Indian journal of veterinary science and animal husbandry - Volume 6,
Year: 1936
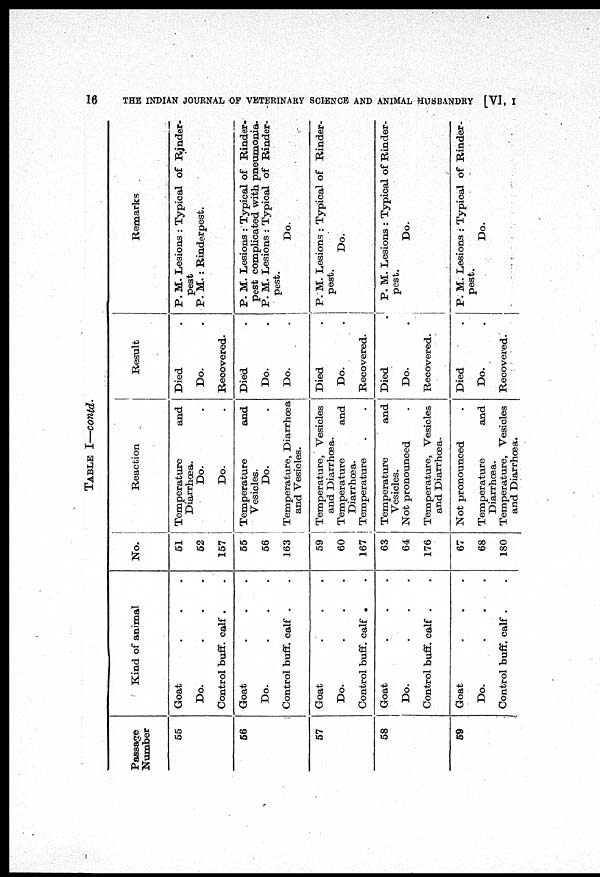
16
THE INDIAN JOURNAL OF VETERINARY SCIENCE AND ANIMAL HUSBANDRY [VI, I
TABLE I—contd.
Passage
Number
55
56
57
58
59
Kind of animal
Goat . . .
Do.
.
.
.
Control buff. calf . .
Goat . . .
Do.
.
.
.
Control buff. calf . .
Goat . . .
Do.
.
.
.
Control buff. calf . .
Goat . . .
Do.
.
.
.
Control buff. calf . .
Goat . . .
Do.
.
.
.
Control buff. calf . .
No.
51
52
157
55
56
163
59
60
167
63
64
176
67
68
180
Reaction
Temperature
and
Diarrhœa.
Do. .
Do. .
Temperature
and
Vesicles.
Do. .
Temperature, Diarrhœa
and Vesicles.
Temperature, Vesicles
and Diarrhœa.
Temperature
and
Diarrhœa.
Temperature . .
Temperature
and
Vesicles.
Not pronounced .
Temperature, Vesicles
and Diarrhœa.
Not pronounced .
Temperature
and
Diarrhœa.
Temperature, Vesicles
and Diarrhœa.
Result
Died .
Do. .
Recovered.
Died .
Do. .
Do. .
Died .
Do. .
Recovered.
Died .
Do. .
Recovered.
Died .
Do. .
Recovered.
Remarks
P. M. Lesions : Typical of Rinder-
pest
P. M. : Rinderpest.
P. M. Lesions : Typical of Rinder-
pest complicated with pneumonia.
P. M. Lesions : Typical of Rinder-
pest.
Do.
P. M. Lesions : Typical of Rinder-
pest.
Do.
P. M. Lesions : Typical of Rinder-
pest.
Do.
P. M. Lesions : Typical of Rinder-
pest.
Do.